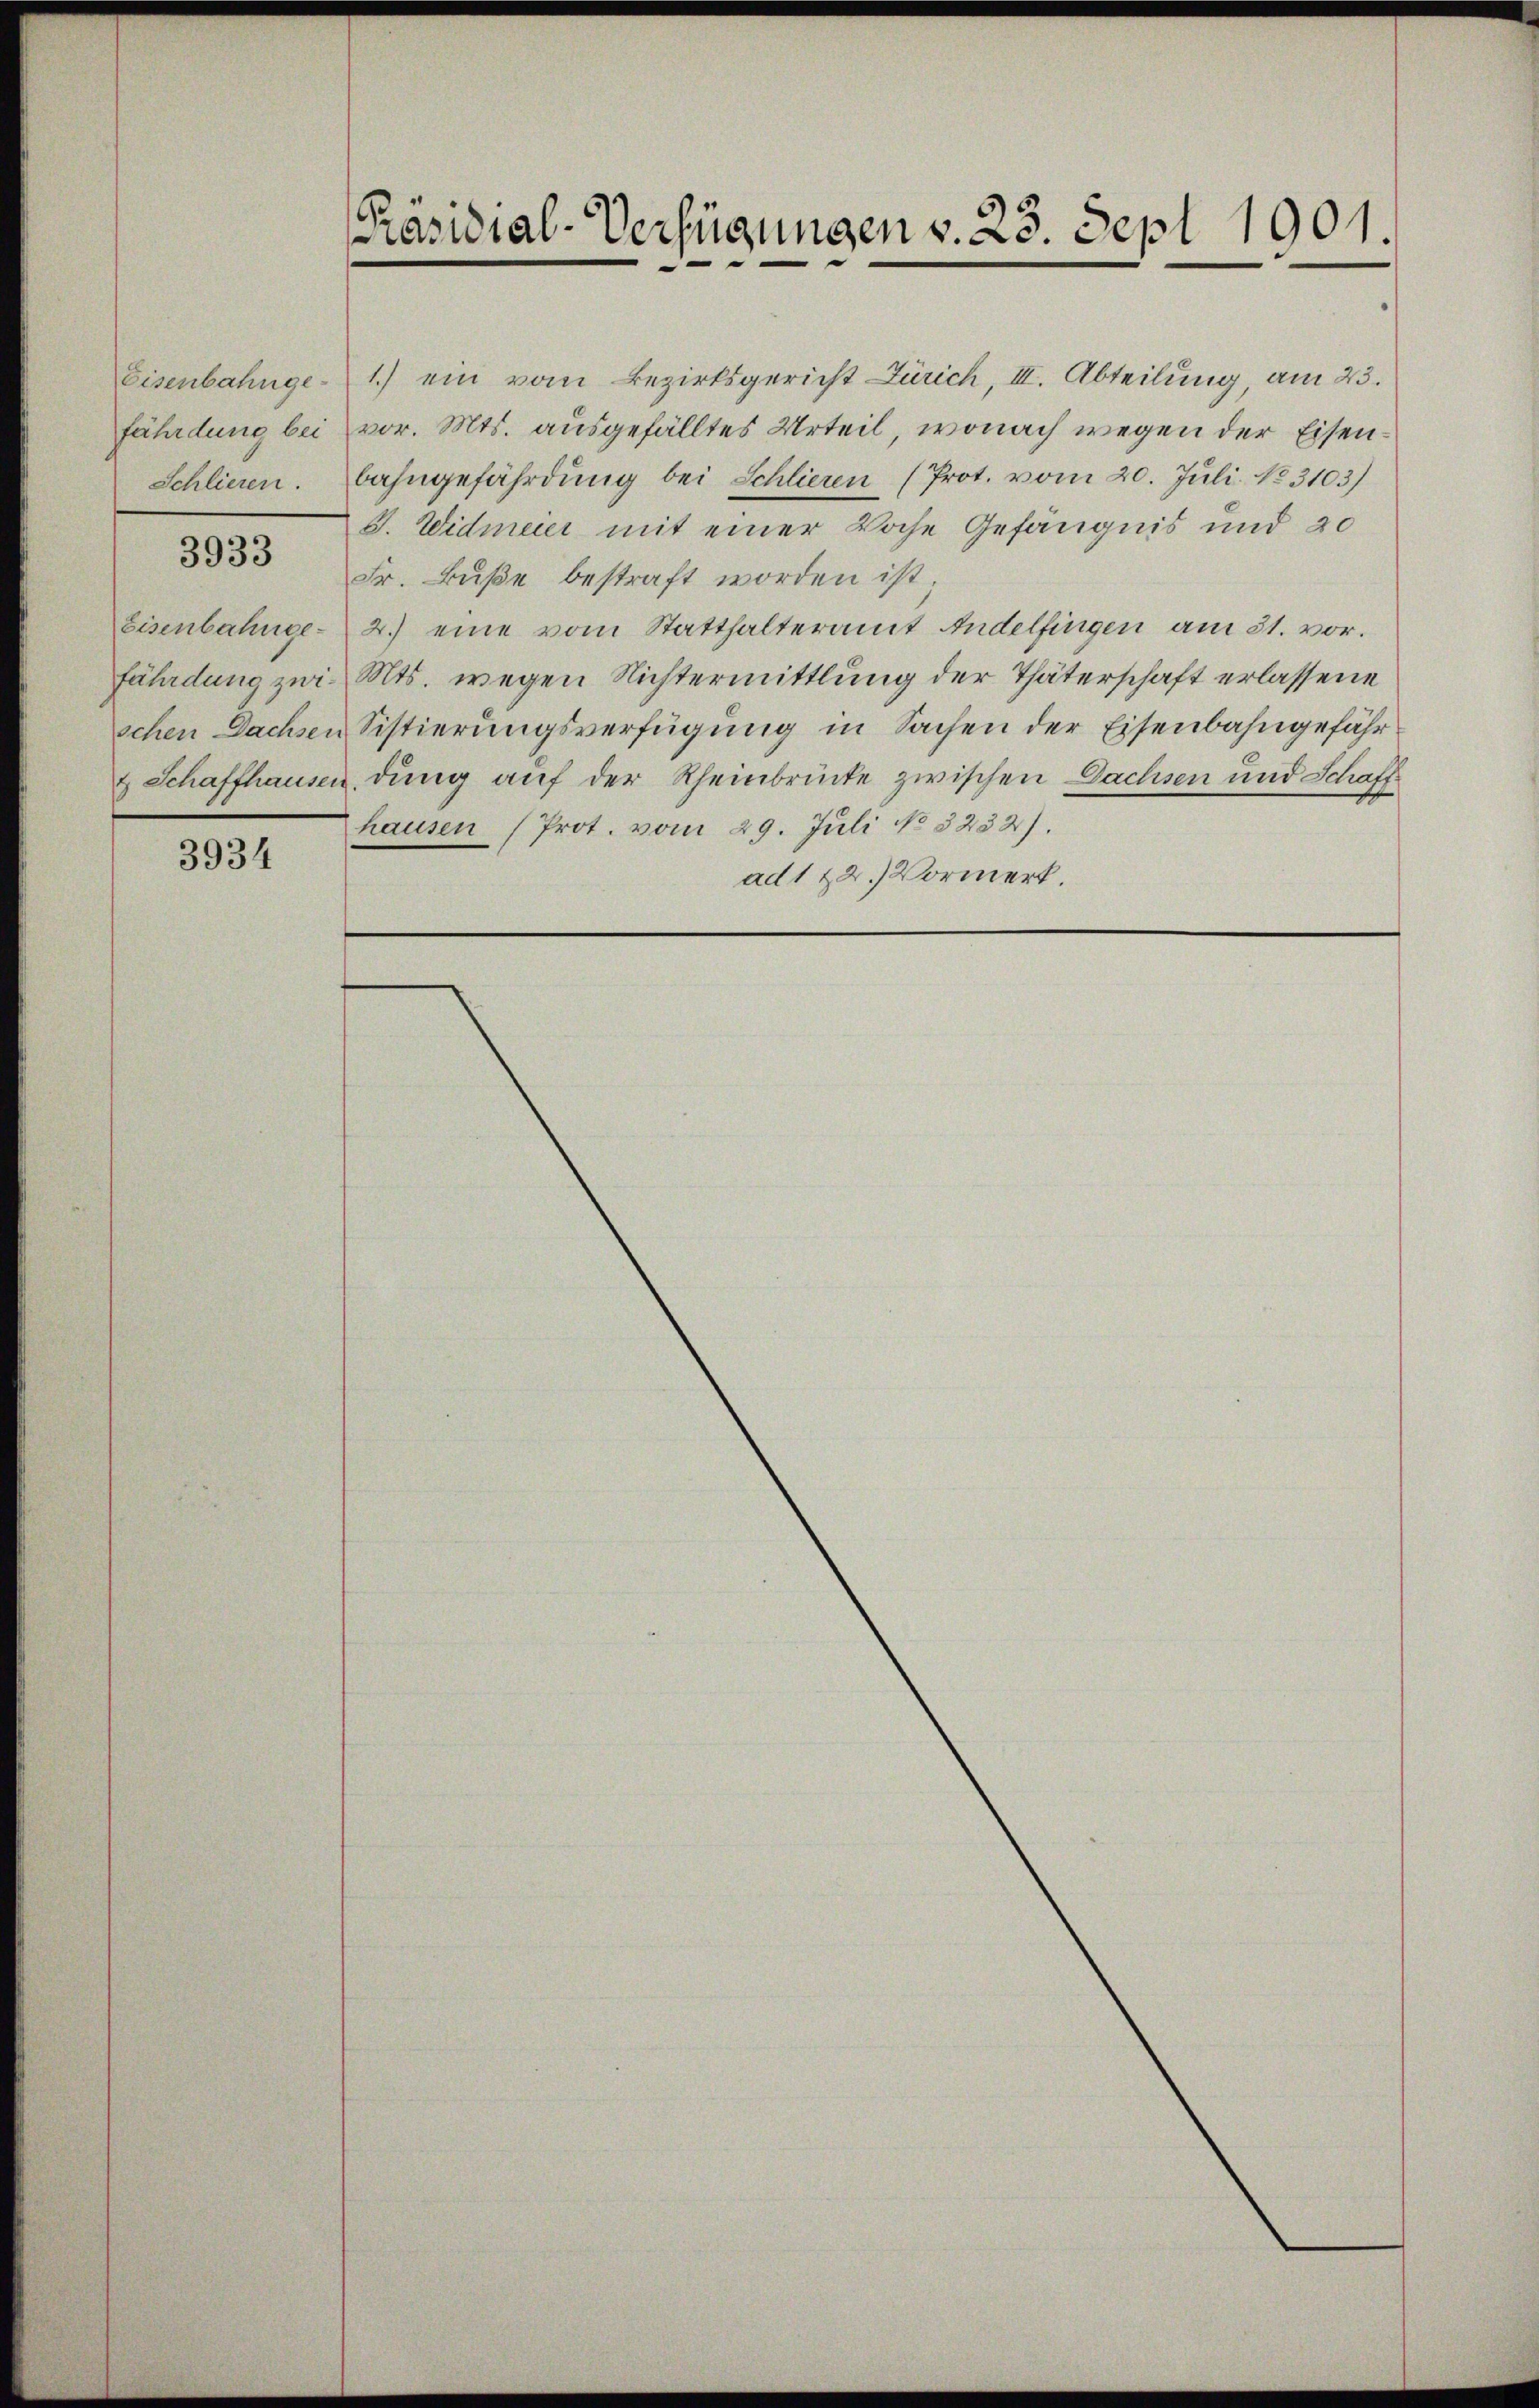
fährdung bei
Schlieren.

3933

Eisenbahnge-

3934

[Präsidial-Verfügungen v. 23. Sept 1901.

Eisenbahnge- 1.) ein vom Bezirksgericht Zürich, III. Abteilung, am 23.
vor. Mts. ausgefälltes Urteil, wonach wegen der Eisenbahngefährdung bei Schlieren (Prot. vom 20. Juli No 3103)
S. Widmeier mit einer Woche Gefängnis und 20
Fr. Buße bestraft worden ist
2.) eine vom Statthalteramt Andelfingen am 31. vor.
fährdung zur. Mts. wegen Nichtermittlung der Thäterschaft erlassene
schen Dachsen Sistierungsverfügung in Sachen der Eisenbahngefähr¬
& Schaffhausen, dung auf der Rheinbrücke zwischen Dachsen und Schaff
hausen (Prot. vom 29. Juli No 3232).
ad 1 22. Vormerk.